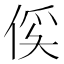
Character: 𫢥